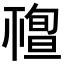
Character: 𥛠